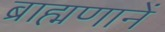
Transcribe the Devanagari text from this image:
ब्राह्मणानें